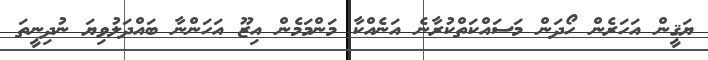
ޔަޤީން އަހަރެން ހޯދަން މަސައްކަތްކުރާނެ އަނެއްކާ މަންމަމެން އިޒޫ އަހަންނާ ބައްދަލުވިޔަ ނުދިނީތަ